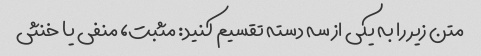
متن زیر را به یکی از سه دسته تقسیم کنید: مثبت، منفی یا خنثی